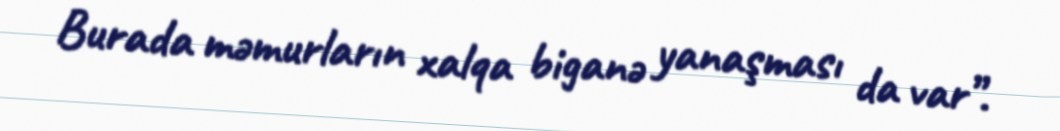
Burada məmurların xalqa biganə yanaşması da var”.